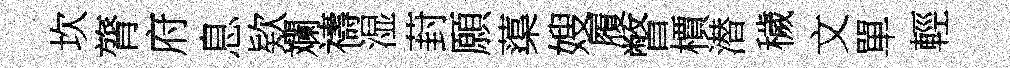
坎膂府息欵斕禱湿葑願蕖嫂履瞥檟潜穢文單輕